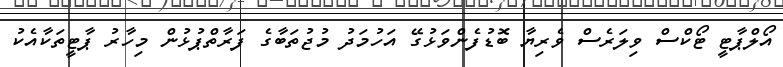
އޯލްޕާޓީ ޓޯކްސް ވިލަރެސް ވެރިޔާ ބޮޑުފެންވަޅުގޭ އަހުމަދު މުޖުތަބާގެ ފަރާތްޕުޅުން މިހާރު ޕާޓީތަކާއެކު